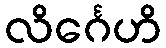
လိင်္ဂေဟိ